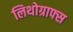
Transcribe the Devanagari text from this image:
लिथोग्राफ्स